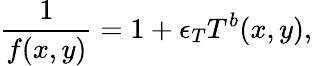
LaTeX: \frac{1}{f(x,y)}=1+\epsilon_{T}T^{b}(x,y),